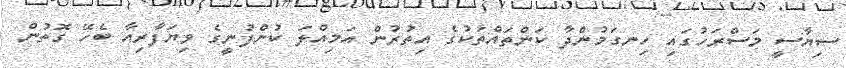
ސިޔާސީ މަސްރަހުގައި ހިނގަމުންދާ ކަންތައްތަކުގެ އިތުރުން އަމިއްލަ ކުންފުނީގެ ވިޔަފާރިއާ ބެހޭ ގޮތުން